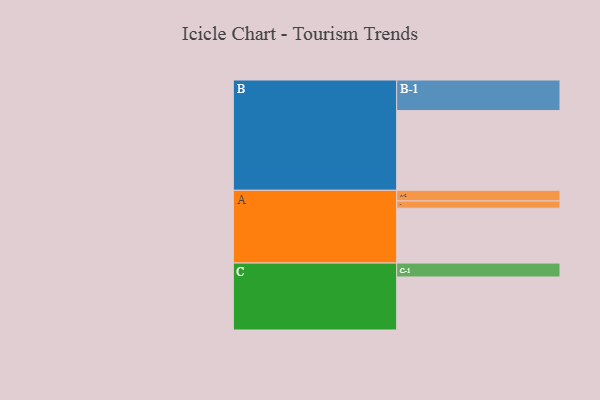
{"axis": {"x": "Segment", "y": "Value"}, "legend": ["", "A", "B", "C"], "data": [{"x": "A", "y": 411, "type": ""}, {"x": "B", "y": 597, "type": ""}, {"x": "C", "y": 397, "type": ""}, {"x": "A-1", "y": 54, "type": "A"}, {"x": "A-2", "y": 80, "type": "A"}, {"x": "B-1", "y": 229, "type": "B"}, {"x": "C-1", "y": 104, "type": "C"}]}